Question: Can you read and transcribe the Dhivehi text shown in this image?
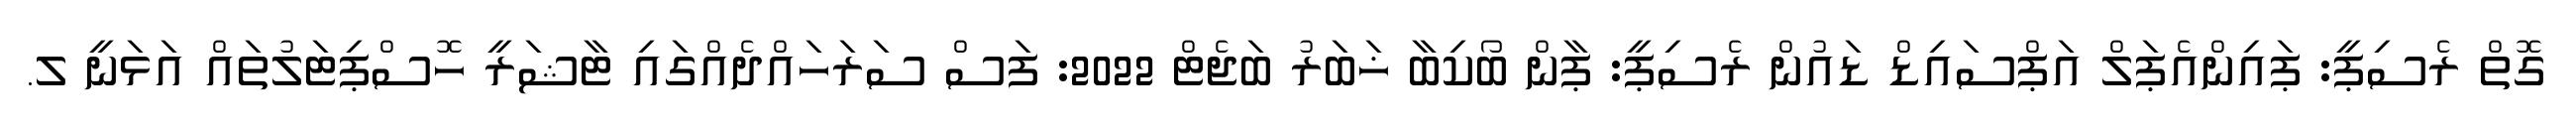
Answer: ގޮތް ރެސިޕީ: ޕައިންއެޕަލް އަޕްސައިޑް ޑައުން ރެސިޕީ: ޕާން ބޯކިބާ ޚަބަރު ބަޖެޓް 2022: ފަސް ސަރަހައްދެއްގައި ޓާޝަރީ ހޮސްޕިޓަލުތައް އަޅަނީ ލ.